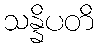
သန္နိပတိ